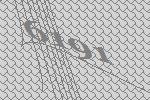
6191